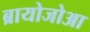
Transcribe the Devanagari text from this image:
ब्रायोजोआ